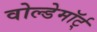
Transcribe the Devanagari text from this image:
वोल्डेमॉर्ट्